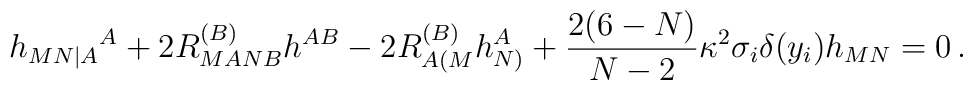
h_{MN|A}{}^A +2R^{(B)}_{MANB}h^{AB}-2R^{(B)}_{A(M}h^A_{N)}+{2(6-N)\over N-2}\kappa^2\sigma_i\delta (y_i)h_{MN}=0\,.